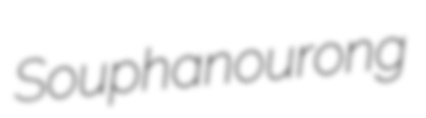
Souphanourong